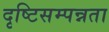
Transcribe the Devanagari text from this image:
दृष्टिसम्पन्नता